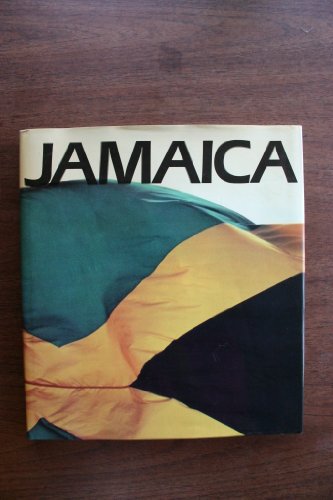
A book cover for Jamaica; Ray Chen; Travel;